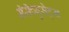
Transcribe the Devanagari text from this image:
मॅसॅच्युसेट्‌स